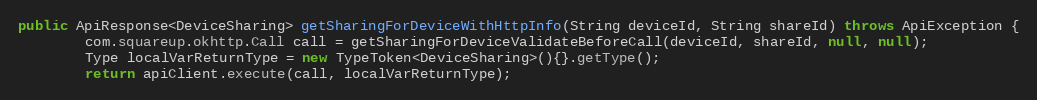
Language: Java
public ApiResponse<DeviceSharing> getSharingForDeviceWithHttpInfo(String deviceId, String shareId) throws ApiException {
        com.squareup.okhttp.Call call = getSharingForDeviceValidateBeforeCall(deviceId, shareId, null, null);
        Type localVarReturnType = new TypeToken<DeviceSharing>(){}.getType();
        return apiClient.execute(call, localVarReturnType);